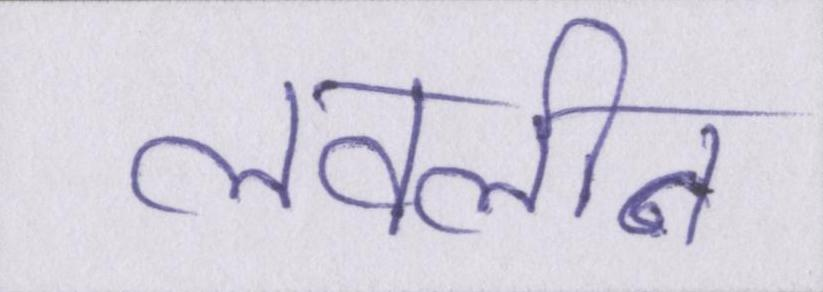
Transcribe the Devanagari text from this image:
लवलीन